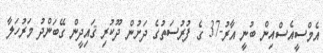
އެމްސީއެސްއިން ބުނީ އާރު-37 ގެ ފުރުސަތުގެ ދަށުން ދޫކުރި ޤައިދީން ގޭބަންދު މަރުހަލާ